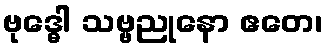
ဗုဒ္ဓေါ သဗ္ဗညုနော ဧတေ၊